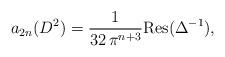
LaTeX: \begin{align*}a_{2n}(D^2) = \frac{1}{32\, \pi^{n+3}} \textnormal{Res}(\Delta^{-1}),\end{align*}